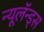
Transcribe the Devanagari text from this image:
न्यूलॅन्ड्स